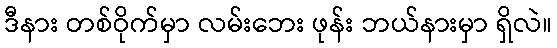
ဒီနား တစ်ဝိုက်မှာ လမ်းဘေး ဖုန်း ဘယ်နားမှာ ရှိလဲ။